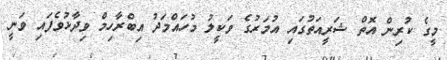
މީގެ ކުރިން އޮތް ޝަރީއަތުގައި އުމަރުގެ ވަކީލު މުހައްމަދު އިބްރާހިމް ވިދާޅުވެފައި ވަނީ